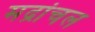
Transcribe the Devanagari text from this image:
मद्रांचल